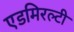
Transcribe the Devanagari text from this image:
एडमिरल्‍टी